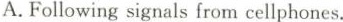
A.Following signals from cellphones.